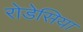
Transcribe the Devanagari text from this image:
रोडेसिया